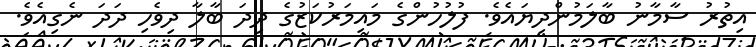
އިތުރު ސާމާނު ބާލަމުންދިޔައެވެ. ފުލުހުންގެ މައިމަރުކަޒުގެ ދިދަ ބާލާ ދިވެހި ދަދަ ނެގިއެވެ.